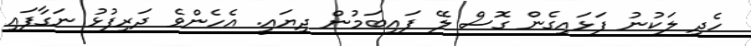
ހެދި ލަކުނު ފަޅައިގެން ގޮސް ލޭ ފައިބަމުން ދިޔައީ. އެހެންވެ ދަރިފުޅު ނަގާފައި